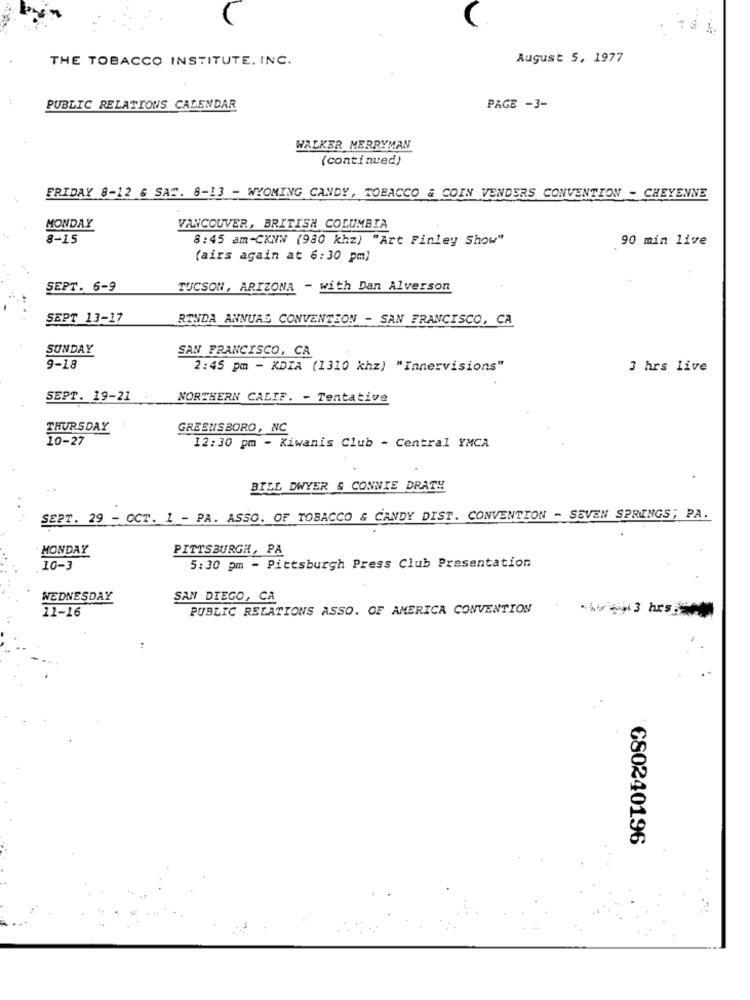
THE TOBACCO INSTITUTE. INC.
August 5, 1977
PUBLIC RELATIONS CALENDAR
PAGE -3-
WALKER MERRYMAN
(continued)
FRIDAY 8-12 & SAT. 8-13 - WYOMING CANDY, TOBACCO & COIN VENDERS CONVENTION - CHEYENNE
MONDAY
VANCOUVER, BRITISH COLUMBIA
8-15
8:45 am-CKNW (980 khz) "Art Finley Show"
90 min live
(airs again at 6:30 pm)
SEPT. 6-9
TUCSON, ARIZONA - with Dan Alverson
SEPT 13-17
RONDA ANNUAL CONVENTION - SAN FRANCISCO, CA
SUNDAY
SAN FRANCISCO, CA
9-18
2:45 pm - KDIA (1310 khz) "Innervisions"
3 hrs live
SEPT. 19-21
NORTHERN CALIF. - Tentative
THURSDAY
GREENSBORO, NC
10-27
12:30 pm - Kiwanis Club - Central YMCA
BILL DWYER & CONNIE DRATH
SEPT. 29 - OCT. 1 - PA. ASSO. OF TOBACCO & CANDY DIST. CONVENTION - SEVEN SPRINGS; PA.
MONDAY
PITTSBURGH, PA
10-3
5:30 pm - Pittsburgh Press Club Presentation
WEDNESDAY
SAN DIEGO, CA
11-16
PUBLIC RELATIONS ASSO. OF AMERICA CONVENTION
€80240196